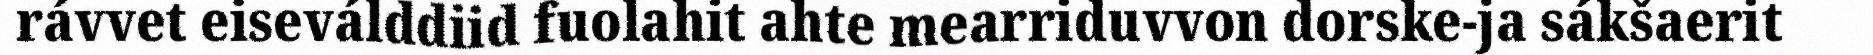
rávvet eiseválddiid fuolahit ahte mearriduvvon dorske-ja sákšaerit